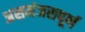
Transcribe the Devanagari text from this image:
असमंजसपूर्ण